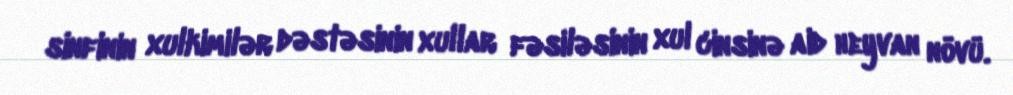
sinfinin xulkimilər dəstəsinin xullar fəsiləsinin xul cinsinə aid heyvan növü.